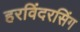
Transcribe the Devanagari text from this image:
हरविंदरसिंग